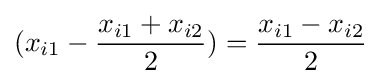
(x_{i1}-{\dfrac {x_{i1}+x_{i2}}{2}})={\dfrac {x_{i1}-x_{i2}}{2}}